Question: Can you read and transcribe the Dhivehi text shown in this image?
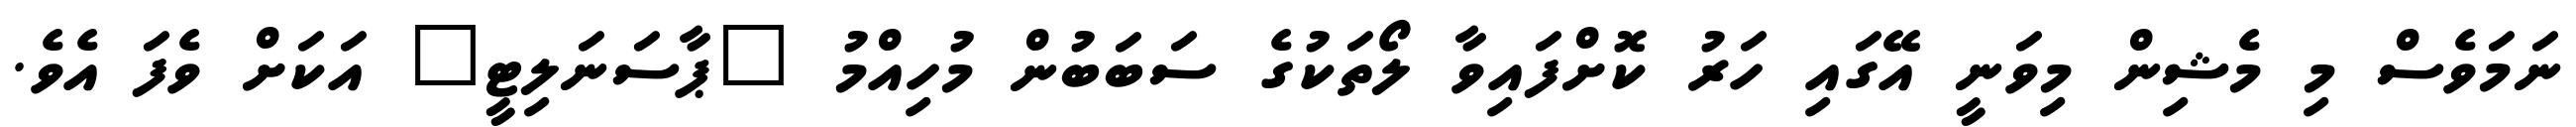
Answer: ނަމަވެސް މި މެޝިން މިވަނީ އޭގައި ހަރު ކޮށްފައިވާ ލޯތަކުގެ ސަބަބުން މުހިއްމު "ޕާސަނަލިޓީ" އަކަށް ވެފަ އެވެ.